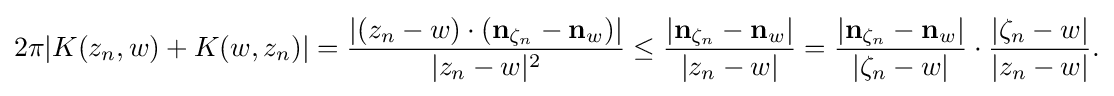
\displaystyle {2\pi |K(z_{n},w)+K(w,z_{n})|={|(z_{n}-w)\cdot (\mathbf {n} _{\zeta _{n}}-\mathbf {n} _{w})| \over |z_{n}-w|^{2}}\leq {|\mathbf {n} _{\zeta _{n}}-\mathbf {n} _{w}| \over |z_{n}-w|}={|\mathbf {n} _{\zeta _{n}}-\mathbf {n} _{w}| \over |\zeta _{n}-w|}\cdot {|\zeta _{n}-w| \over |z_{n}-w|}.}